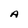
Character: A